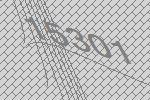
15301